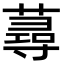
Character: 蕁